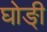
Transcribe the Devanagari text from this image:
घोङ्ी